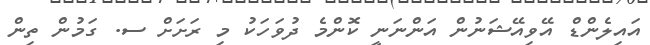
އައިލެންޑް އޭވިއޭޝަނުން އަންނަނީ ކޮންމެ ދުވަހަކު މި ރަށަށް ސ. ގަމުން ތިން